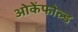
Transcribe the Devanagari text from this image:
ओकेंफोल्ड